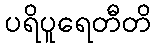
ပရိပူရေတီတိ